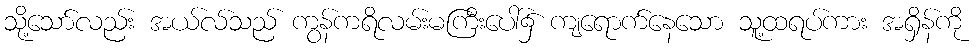
သို့သော်လည်း အယ်လ်သည် ကွန်ကရိလမ်းမကြီးပေါ်၌ ကျရောက်နေသော သူ့ထရပ်ကား အရှိန်ကို